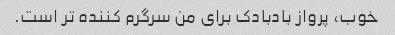
خوب، پرواز بادبادک برای من سرگرم کننده تر است.